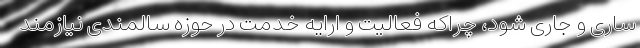
ساری و جاری شود، چراکه فعالیت و ارایه خدمت در حوزه سالمندی نیازمند